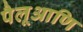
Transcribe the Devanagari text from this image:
पैलूआणि